Vital statistics of India. Vol. V, Reports of 1876 on armies & jails and on epidemic cholera
Year: 1876
Disease focus: Cholera
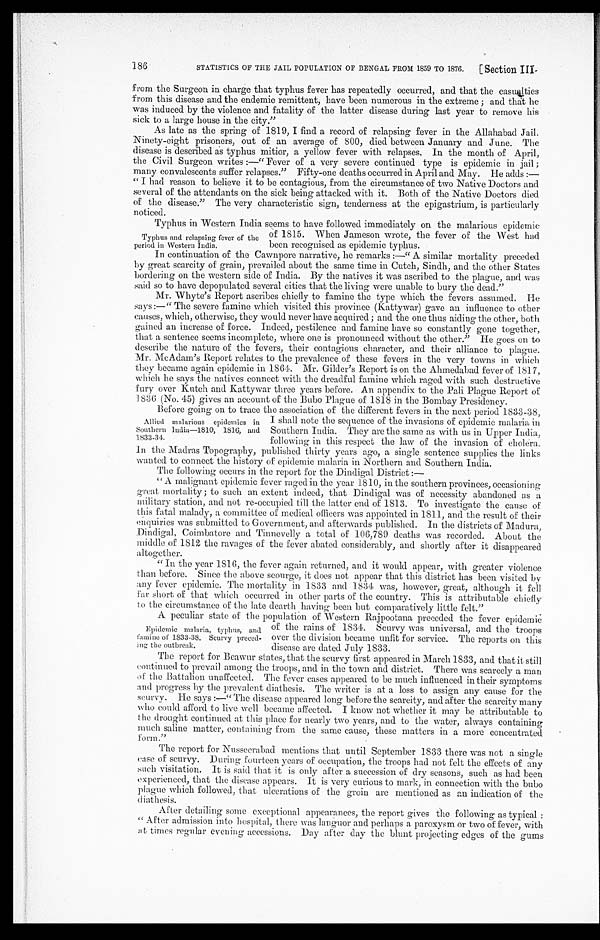
STATISTICS OF THE JAIL POPULATION OF BENGAL FROM 1859 TO 1876.
[ Section III.
186
from the Surgeon in charge that typhus fever has repeatedly occurred, and that the casualties
from this disease and the endemic remittent, have been numerous in the extreme; and that he
was induced by the violence and fatality of the latter disease during last year to remove his
sick to a large house in the city."
As late as the spring of 1819, I find a record of relapsing fever in the Allahabad Jail.
Ninety-eight prisoners, out of an average of 800, died between January and June. The
disease is described as typhus mitior, a yellow fever with relapses. In the month of April,
the Civil Surgeon writes:—"Fever of a very severe continued type is epidemic in jail;
many convalescents suffer relapses." Fifty-one deaths occurred in April and May. He adds:—-
"I had reason to believe it to be contagious, from the circumstance of two Native Doctors and
several of the attendants on the sick being attacked with it. Both of the Native Doctors died
of the disease." The very characteristic sign, tenderness at the epigastrium, is particularly
noticed.
Typhus in Western India seems to have followed immediately on the malarious epidemic
of 1815. When Jameson wrote, the fever of the West had
been recognised as epidemic typhus.
In continuation of the Cawnpore narrative, he remarks:—"A similar mortality preceded
by great scarcity of grain, prevailed about the same time in Cutch, Sindh, and the other States
bordering on the western side of India. By the natives it was ascribed to the plague, and was
said so to have depopulated several cities that the living were unable to bury the dead."
Mr. Whyte's Report ascribes chiefly to famine the type which the fevers assumed. He
says:—"The severe famine which visited this province (Kattywar) gave an influence to other
causes, which, otherwise, they would never have acquired; and the one thus aiding the other, both
gained an increase of force. Indeed, pestilence and famine have so constantly gone together,
that a sentence seems incomplete, where one is pronounced without the other." He goes on to
describe the nature of the fevers, their contagious character, and their alliance to plague.
Mr. McAdam's Report relates to the prevalence of these fevers in the very towns in which
they became again epidemic in 1864. Mr. Gilder's Report is on the Ahmedabad fever of 1817,
which he says the natives connect with the dreadful famine which raged with such destructive
fury over Kutch and Kattywar three years before. An appendix to the Pali Plague Report of
1836 (No. 45) gives an account of time Bubo Plague of 1818 in the Bombay Presidency.
Before going on to trace the association of the different fevers in the next period 1833-38,
I shall note the sequence of the invasions of epidemic malaria in
Southern India. They are the same as with us in Upper India,
following in this respect the law of the invasion of cholera.
In the Madras Topography, published thirty years ago, a single sentence supplies the links
wanted to connect the history of epidemic malaria in Northern and Southern India.
The following occurs in the report for the Dindigal District :
—
A malignant epidemic fever raged in the year 1810, in the southern provinces, occasioning
great mortality; to such an extent indeed, that Dindigal was of necessity abandoned as a
military station, and not re-occupied till the latter end of 1813. To investigate the cause of
this fatal malady, a committee of medical officers was appointed in 1811, and the result of their
enquiries was submitted to Government, and afterwards published. In the districts of Madura,
Coimbatore and Tinnevelly a total of 106,789 deaths was recorded. About the
middle of 1812 the ravages of the fever abated considerably, and shortly after it disappeared
altogether.
"In the year 1816, the fever again returned, and it would appear, with greater violence
than before. Since the above scourge, it does not appear that this district has been visited by
any fever epidemic. The mortality in 1833 and 1834 was, however, great, although it fell
f a r s h o r t o f t h a t w h i c h o c c u r r e d i n o t h e r p a r t s o f t h e c o u n t r y . T h i s i s a t t r i b u t a b l e c h i e f l y
to the circumstance of the late dearth having been but comparatively little felt."
A peculiar state of the population of Western Rajpootana preceded the fever epidemic
of the rains of 1831. Scurvy was universal, and the troops
over the division became unfit for service. The reports on this
disease are dated July 1833.
The report for Beawur states, that the scurvy first appeared in March 1833, and that it still
continued to prevail among the troops, and in the town and district. There was scarcely a man
of the Battalion unaffected. The fever cases appeared to be much influenced in their symptoms
and progress by the prevalent diathesis. The writer is at a loss to assign any cause for the
scurvy. He says :—"The disease appeared long before the scarcity, and after the scarcity many
who could afford to live well became affected. I know not whether it may be attributable to
the drought continued at this place for nearly two years, and to the water, always containing
much saline matter, containing from the same cause, these matters in a more concentrated
form."
The report for Nusseerabad mentions that until September 1833 there was not a single
case of scurvy. During fourteen years of occupation, the troops had not felt the effects of any
such visitation. It is said that it is only after a succession of dry seasons, such as had been
experienced, that the disease appears. It is very curious to mark, in connection with the bubo
plague which followed, that ulcerations of the groin arc mentioned as an indication of the
diathesis.
After detailing some exceptional appearances, the report gives the following as typical:
"After admission into hospital, there was languor and perhaps a paroxysm or two of fever, with
at times regular evening accessions. Day after day the blunt projecting edges of the gums
Typhus and relapsing fever of the
period in Western India.
Allied malarious epidemics in
Southern India—1810, 1816, and
1833-34.
Epidemic malaria, typhus, and
famine of 1833-38. Scurvy preced-
- i n g t h e o u t b r e a k .